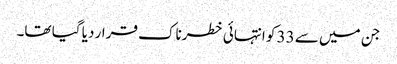
جن میں سے 33 کو انتہائی خطرناک قرار دیا گیا تھا۔